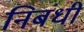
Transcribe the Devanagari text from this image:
निबंधी